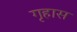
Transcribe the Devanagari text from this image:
गृहास